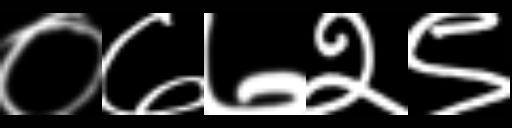
Text: ०७७२९